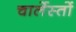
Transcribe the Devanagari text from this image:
चार्लेस्तों